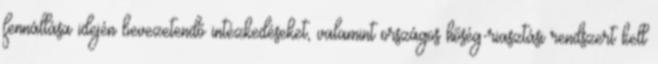
fennállása idején bevezetendő intézkedéseket, valamint országos hőség-riasztási rendszert kell